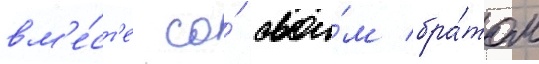
вм'е́ст'е со́ свои́м бра́том